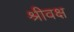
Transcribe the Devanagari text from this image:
श्रीवक्ष